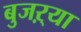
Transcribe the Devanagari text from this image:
बुजऱ्या